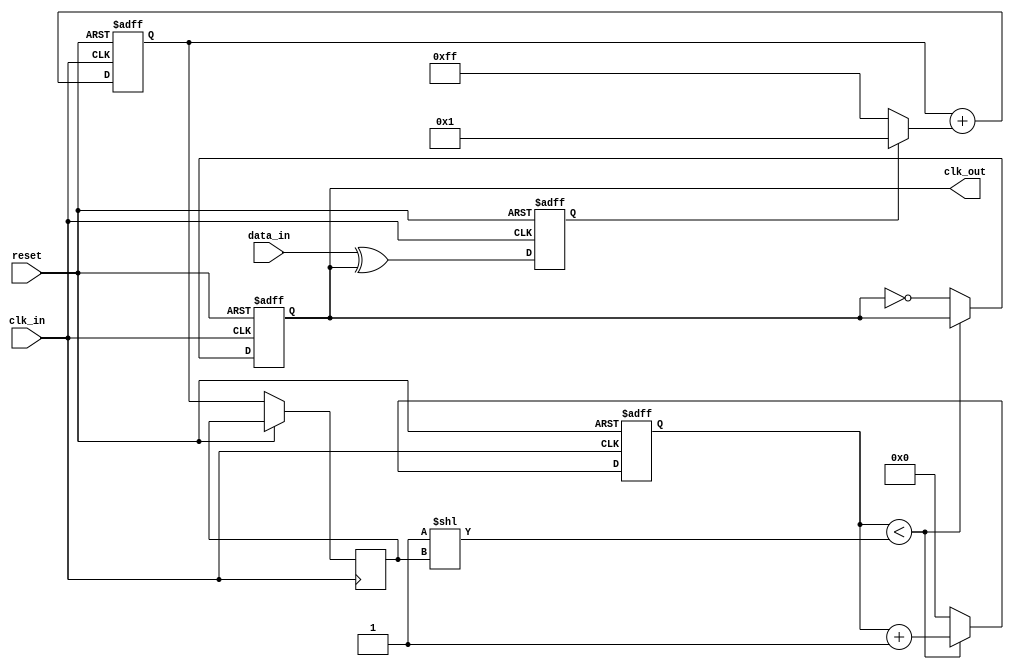
module clock_recovery_pll (
    input wire clk_in,         // Incoming data clock signal
    input wire data_in,        // Incoming data signal
    input wire reset,          // Asynchronous reset
    output reg clk_out         // Output clock signal
);

// Parameters
parameter N = 4;              // VCO frequency multiplier
parameter FILTER_GAIN = 1;    // Loop filter gain

// Internal signals
reg [N-1:0] vco_counter;      // VCO counter
reg phase_error;              // Phase error signal
reg [7:0] control_voltage;     // Control voltage for VCO
reg [7:0] loop_filter;         // Loop filter output

// Phase Detector (PD)
always @(posedge clk_in or posedge reset) begin
    if (reset) begin
        phase_error <= 0;
    end else begin
        // Simple XOR phase detector
        phase_error <= data_in ^ clk_out;
    end
end

// Loop Filter (LF)
always @(posedge clk_in or posedge reset) begin
    if (reset) begin
        loop_filter <= 0;
    end else begin
        // Simple first-order loop filter
        loop_filter <= loop_filter + (phase_error ? FILTER_GAIN : -FILTER_GAIN);
        control_voltage <= loop_filter; // Update control voltage
    end
end

// Voltage-Controlled Oscillator (VCO)
always @(posedge clk_in or posedge reset) begin
    if (reset) begin
        vco_counter <= 0;
        clk_out <= 0;
    end else begin
        // VCO frequency adjustment based on control voltage
        if (vco_counter < (1 << control_voltage)) begin
            vco_counter <= vco_counter + 1;
        end else begin
            clk_out <= ~clk_out; // Toggle output clock
            vco_counter <= 0;     // Reset counter
        end
    end
end

endmodule